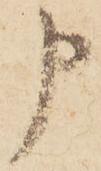
申